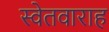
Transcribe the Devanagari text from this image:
स्वेतवाराह